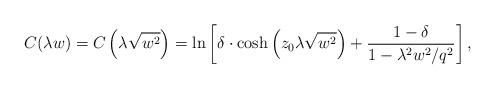
LaTeX: \begin{align*}C(\lambda w)=C\left(\lambda\sqrt{w^2}\right)=\ln\left[\delta\cdot\cosh\left(z_0\lambda\sqrt{w^2}\right)+\frac{1-\delta}{1-\lambda^2w^2/q^2}\right],\end{align*}